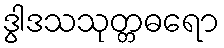
ဒွါဒသသုတ္တဓရော